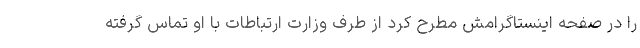
را در صفحه اینستاگرامش مطرح کرد از طرف وزارت ارتباطات با او تماس گرفته